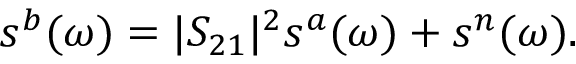
\begin{array} { r } { s ^ { b } ( \omega ) = | S _ { 2 1 } | ^ { 2 } s ^ { a } ( \omega ) + s ^ { n } ( \omega ) . } \end{array}